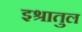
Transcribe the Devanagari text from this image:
इश्रातुल